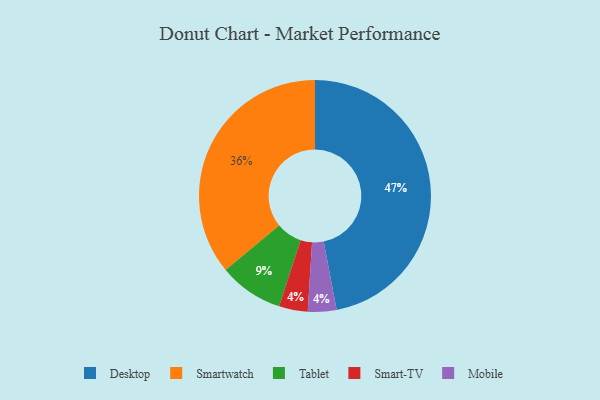
{"axis": {"x": "Category", "y": "Percentage"}, "legend": ["Desktop", "Mobile", "Smart-TV", "Smartwatch", "Tablet"], "data": [{"x": "Tablet", "y": 9, "type": "Tablet"}, {"x": "Smartwatch", "y": 36, "type": "Smartwatch"}, {"x": "Desktop", "y": 47, "type": "Desktop"}, {"x": "Smart-TV", "y": 4, "type": "Smart-TV"}, {"x": "Mobile", "y": 4, "type": "Mobile"}]}